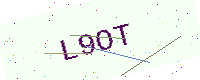
Text: L9OT